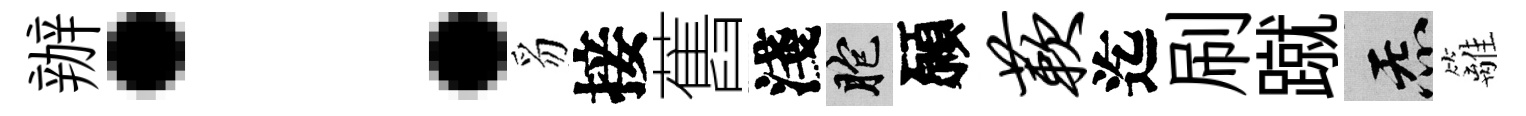
辦：豸接舊淺胞願蔌迄刷蹴炁籬